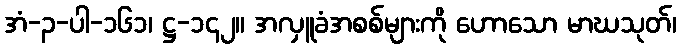
အံ-၃-ပါ-၁၆၁၊ ဋ္ဌ-၁၄၂။ အလှူခံအစစ်များကို ဟောသော မာဃသုတ်၊